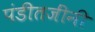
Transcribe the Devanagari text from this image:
पंडीतजींनी